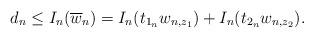
LaTeX: \begin{align*}d_n \leq I_n(\overline{w}_n) = I_n(t_{1_n}w_{n,z_1} ) + I_n(t_{2_n}w_{n,z_2}).\end{align*}